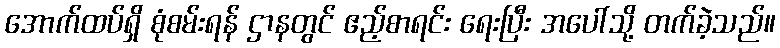
အောက်ထပ်ရှိ စုံစမ်းရန် ဌာနတွင် ဧည့်စာရင်း ရေးပြီး အပေါ်သို့ တက်ခဲ့သည်။